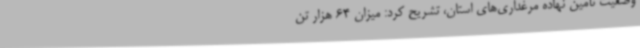
وضعیت تأمین نهاده مرغداری‌های استان، تشریح کرد: میزان 64 هزار تن